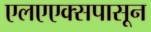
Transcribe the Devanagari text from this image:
एलएएक्सपासून